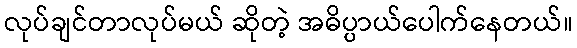
လုပ်ချင်တာလုပ်မယ် ဆိုတဲ့ အဓိပ္ပာယ်ပေါက်နေတယ်။